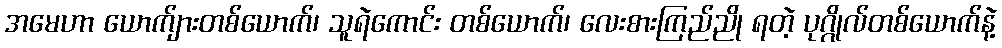
အမေဟာ ယောက်ျားတစ်ယောက်၊ သူရဲကောင်း တစ်ယောက်၊ လေးစားကြည်ညို ရတဲ့ ပုဂ္ဂိုလ်တစ်ယောက်နဲ့